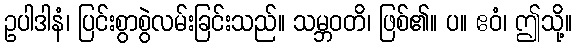
ဥပါဒါနံ၊ ပြင်းစွာစွဲလမ်းခြင်းသည်။ သမ္ဘဝတိ၊ ဖြစ်၏။ ပ။ ဧဝံ၊ ဤသို့။